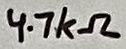
Text: 4.7kΩ